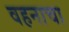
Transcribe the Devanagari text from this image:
वहनाचा